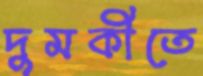
দুমকীতে